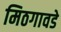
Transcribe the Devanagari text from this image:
मिठगावडे